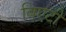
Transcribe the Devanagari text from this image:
बिएटी